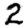
Digit: 2